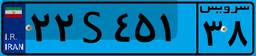
۲۲S۴۵۱۳۸